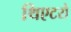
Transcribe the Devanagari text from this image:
थिएटरो